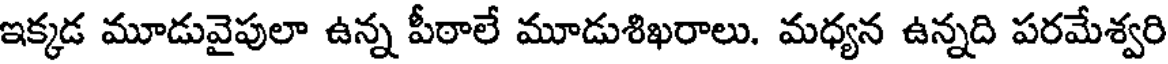
ఇక్కడ మూడువైపులా ఉన్న పీఠాలే మూడుశిఖరాలు. మధ్యన ఉన్నది పరమేశ్వరి